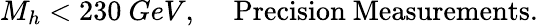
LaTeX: M_{h}<230~GeV,~~~~~{\mathrm{Precision~Measurements}}.